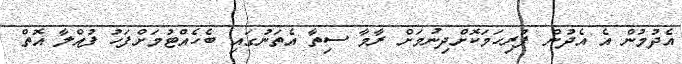
އެދުމުން އެ އެދުން ފުރިހަމަކޮށްދިނުމަށް ރާމާ ސިތާ އެތަނުގައި ބެހެއްޓުމަށްފަހު ފުއްލާ އޮތް